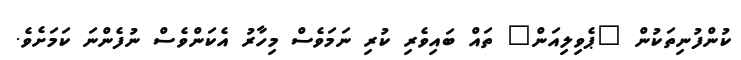
ކުންފުނިތަކުން "ޕެވިލިއަން" ތައް ބައިވެރި ކުރި ނަމަވެސް މިހާރު އެކަންވެސް ނުފެންނަ ކަމަށެވެ.